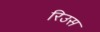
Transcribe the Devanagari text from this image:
रिउस